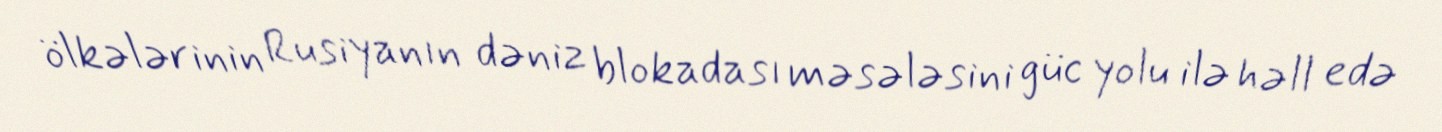
ölkələrinin Rusiyanın dəniz blokadası məsələsini güc yolu ilə həll edə